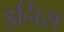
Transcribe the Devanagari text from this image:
इनिंस